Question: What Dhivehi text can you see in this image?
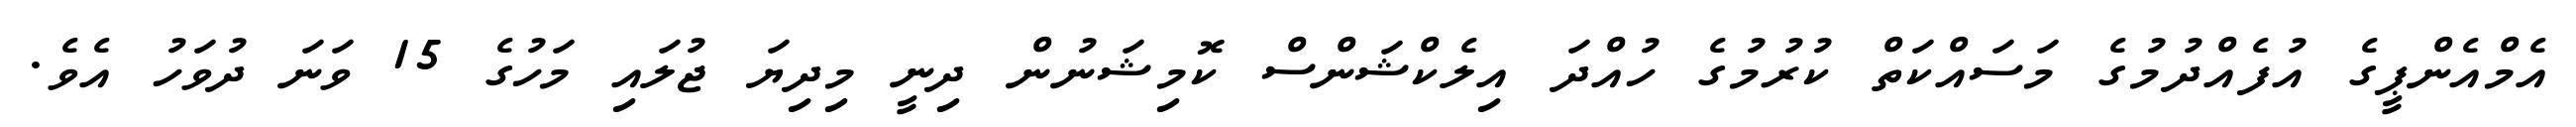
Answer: އެމްއެންޕީގެ އުފެއްދުމުގެ މަސައްކަތް ކުރުމުގެ ހުއްދަ އިލެކްޝަންސް ކޮމިޝަނުން ދިނީ މިދިޔަ ޖުލައި މަހުގެ 15 ވަނަ ދުވަހު އެވެ.